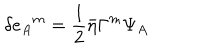
LaTeX: \delta e _ { A } { } ^ { m } = { \frac { 1 } { 2 } } \bar { \eta } \Gamma ^ { m } \Psi _ { A }